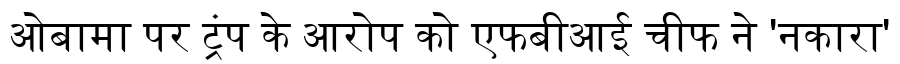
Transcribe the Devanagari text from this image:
ओबामा पर ट्रंप के आरोप को एफबीआई चीफ ने 'नकारा'